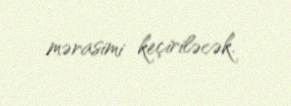
mərasimi keçiriləcək.